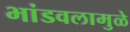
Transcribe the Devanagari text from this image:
भांडवलामुळे